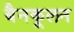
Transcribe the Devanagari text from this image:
बैनकूलन